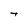
Character: t